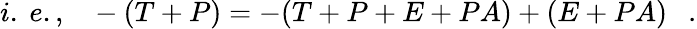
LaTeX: i.~e.,~~~-(T+P)=-(T+P+E+PA)+(E+PA)~~~.